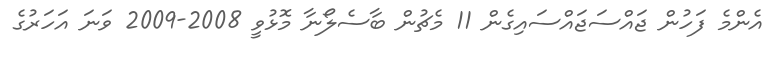
އެންމެ ފަހުން ޖައްސަޖައްސައިގެން 11 މެޗުން ބާސެލޯނާ މޮޅުވީ 2008-2009 ވަނަ އަހަރުގެ